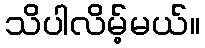
သိပါလိမ့်မယ်။